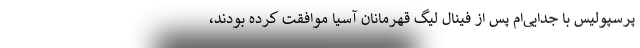
پرسپولیس با جدایی‌ام پس از فینال لیگ قهرمانان آسیا موافقت کرده بودند،